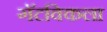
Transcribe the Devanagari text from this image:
गॅटविकला